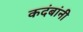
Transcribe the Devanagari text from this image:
कदंबांनी